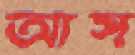
আস